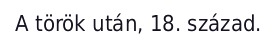
A török után, 18. század.